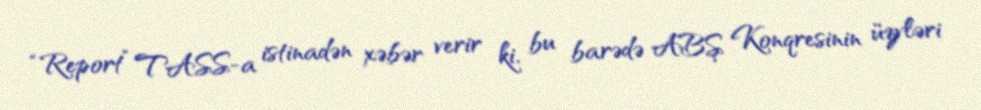
“Report” TASS-a istinadən xəbər verir ki, bu barədə ABŞ Konqresinin üzvləri